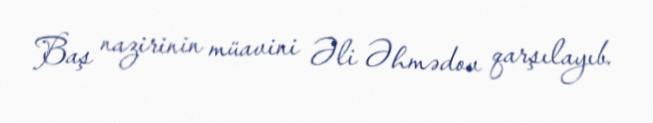
Baş nazirinin müavini Əli Əhmədov qarşılayıb.